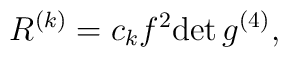
R^{(k)}=c_kf^2 {\rm det}\, g^{(4)},